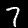
Digit: 7